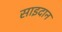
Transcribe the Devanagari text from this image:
साइदान